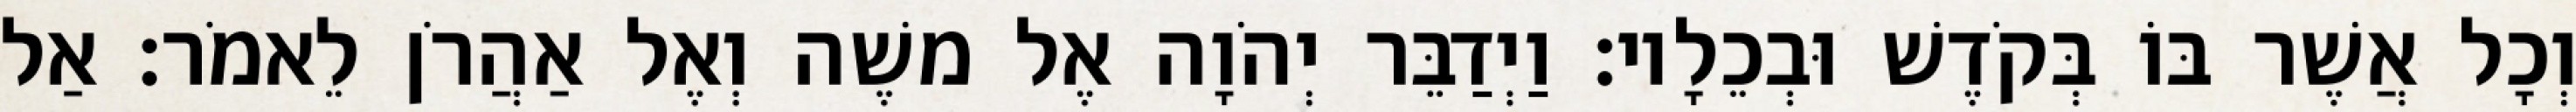
וְכָל אֲשֶׁר בּוֹ בְּקֹדֶשׁ וּבְכֵלָיו׃ וַיְדַבֵּר יְהֹוָה אֶל משֶׁה וְאֶל אַהֲרֹן לֵאמֹר׃ אַל